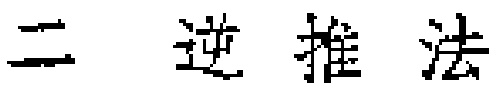
二 逆推法